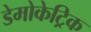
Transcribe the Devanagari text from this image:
डेमोकेट्रिक